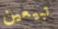
تبيعين